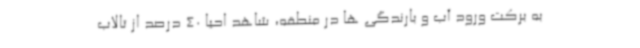
به برکت ورود آب و بارندگی ها در منطقه، شاهد احیا 40 درصد از تالاب